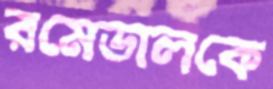
রমেডালকে